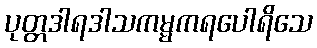
ပုတ္တဒါရဒါသကမ္မကရပေါရိသေ